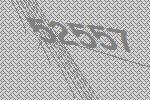
52557